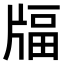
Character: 𤗚